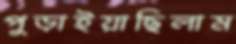
পুড়াইয়াছিলাম